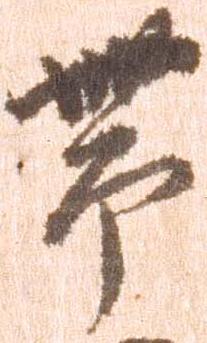
帯